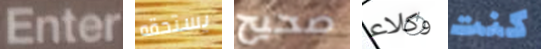
Enter يستحقه صحيح وكلاء كنت